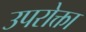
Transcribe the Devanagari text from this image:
उपरोक्ता